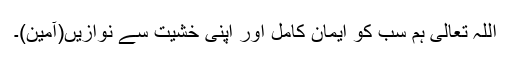
اللہ تعالیٰ ہم سب کو ایمان کامل اور اپنی خشیت سے نوازیں(آمین)۔